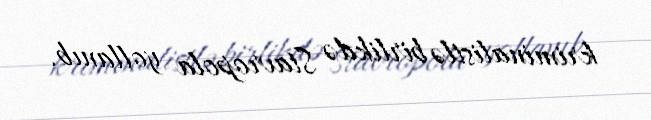
kriminalistlə birlikdə Stavropola yollanıb.